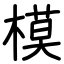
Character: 模